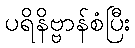
ပရိနိဗ္ဗာန်စံပြီး